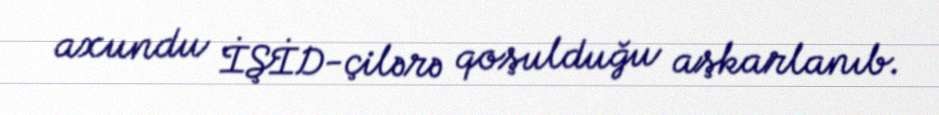
axundu İŞİD-çilərə qoşulduğu aşkarlanıb.